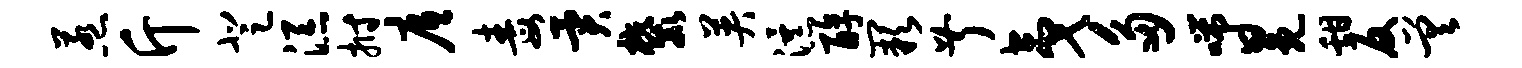
惹斤登添拊底毒异麓英瀑醇缺叔夷多喘冕甜反差